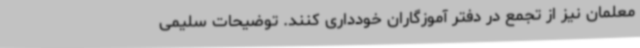
معلمان نیز از تجمع در دفتر آموزگاران خودداری کنند. توضیحات سلیمی